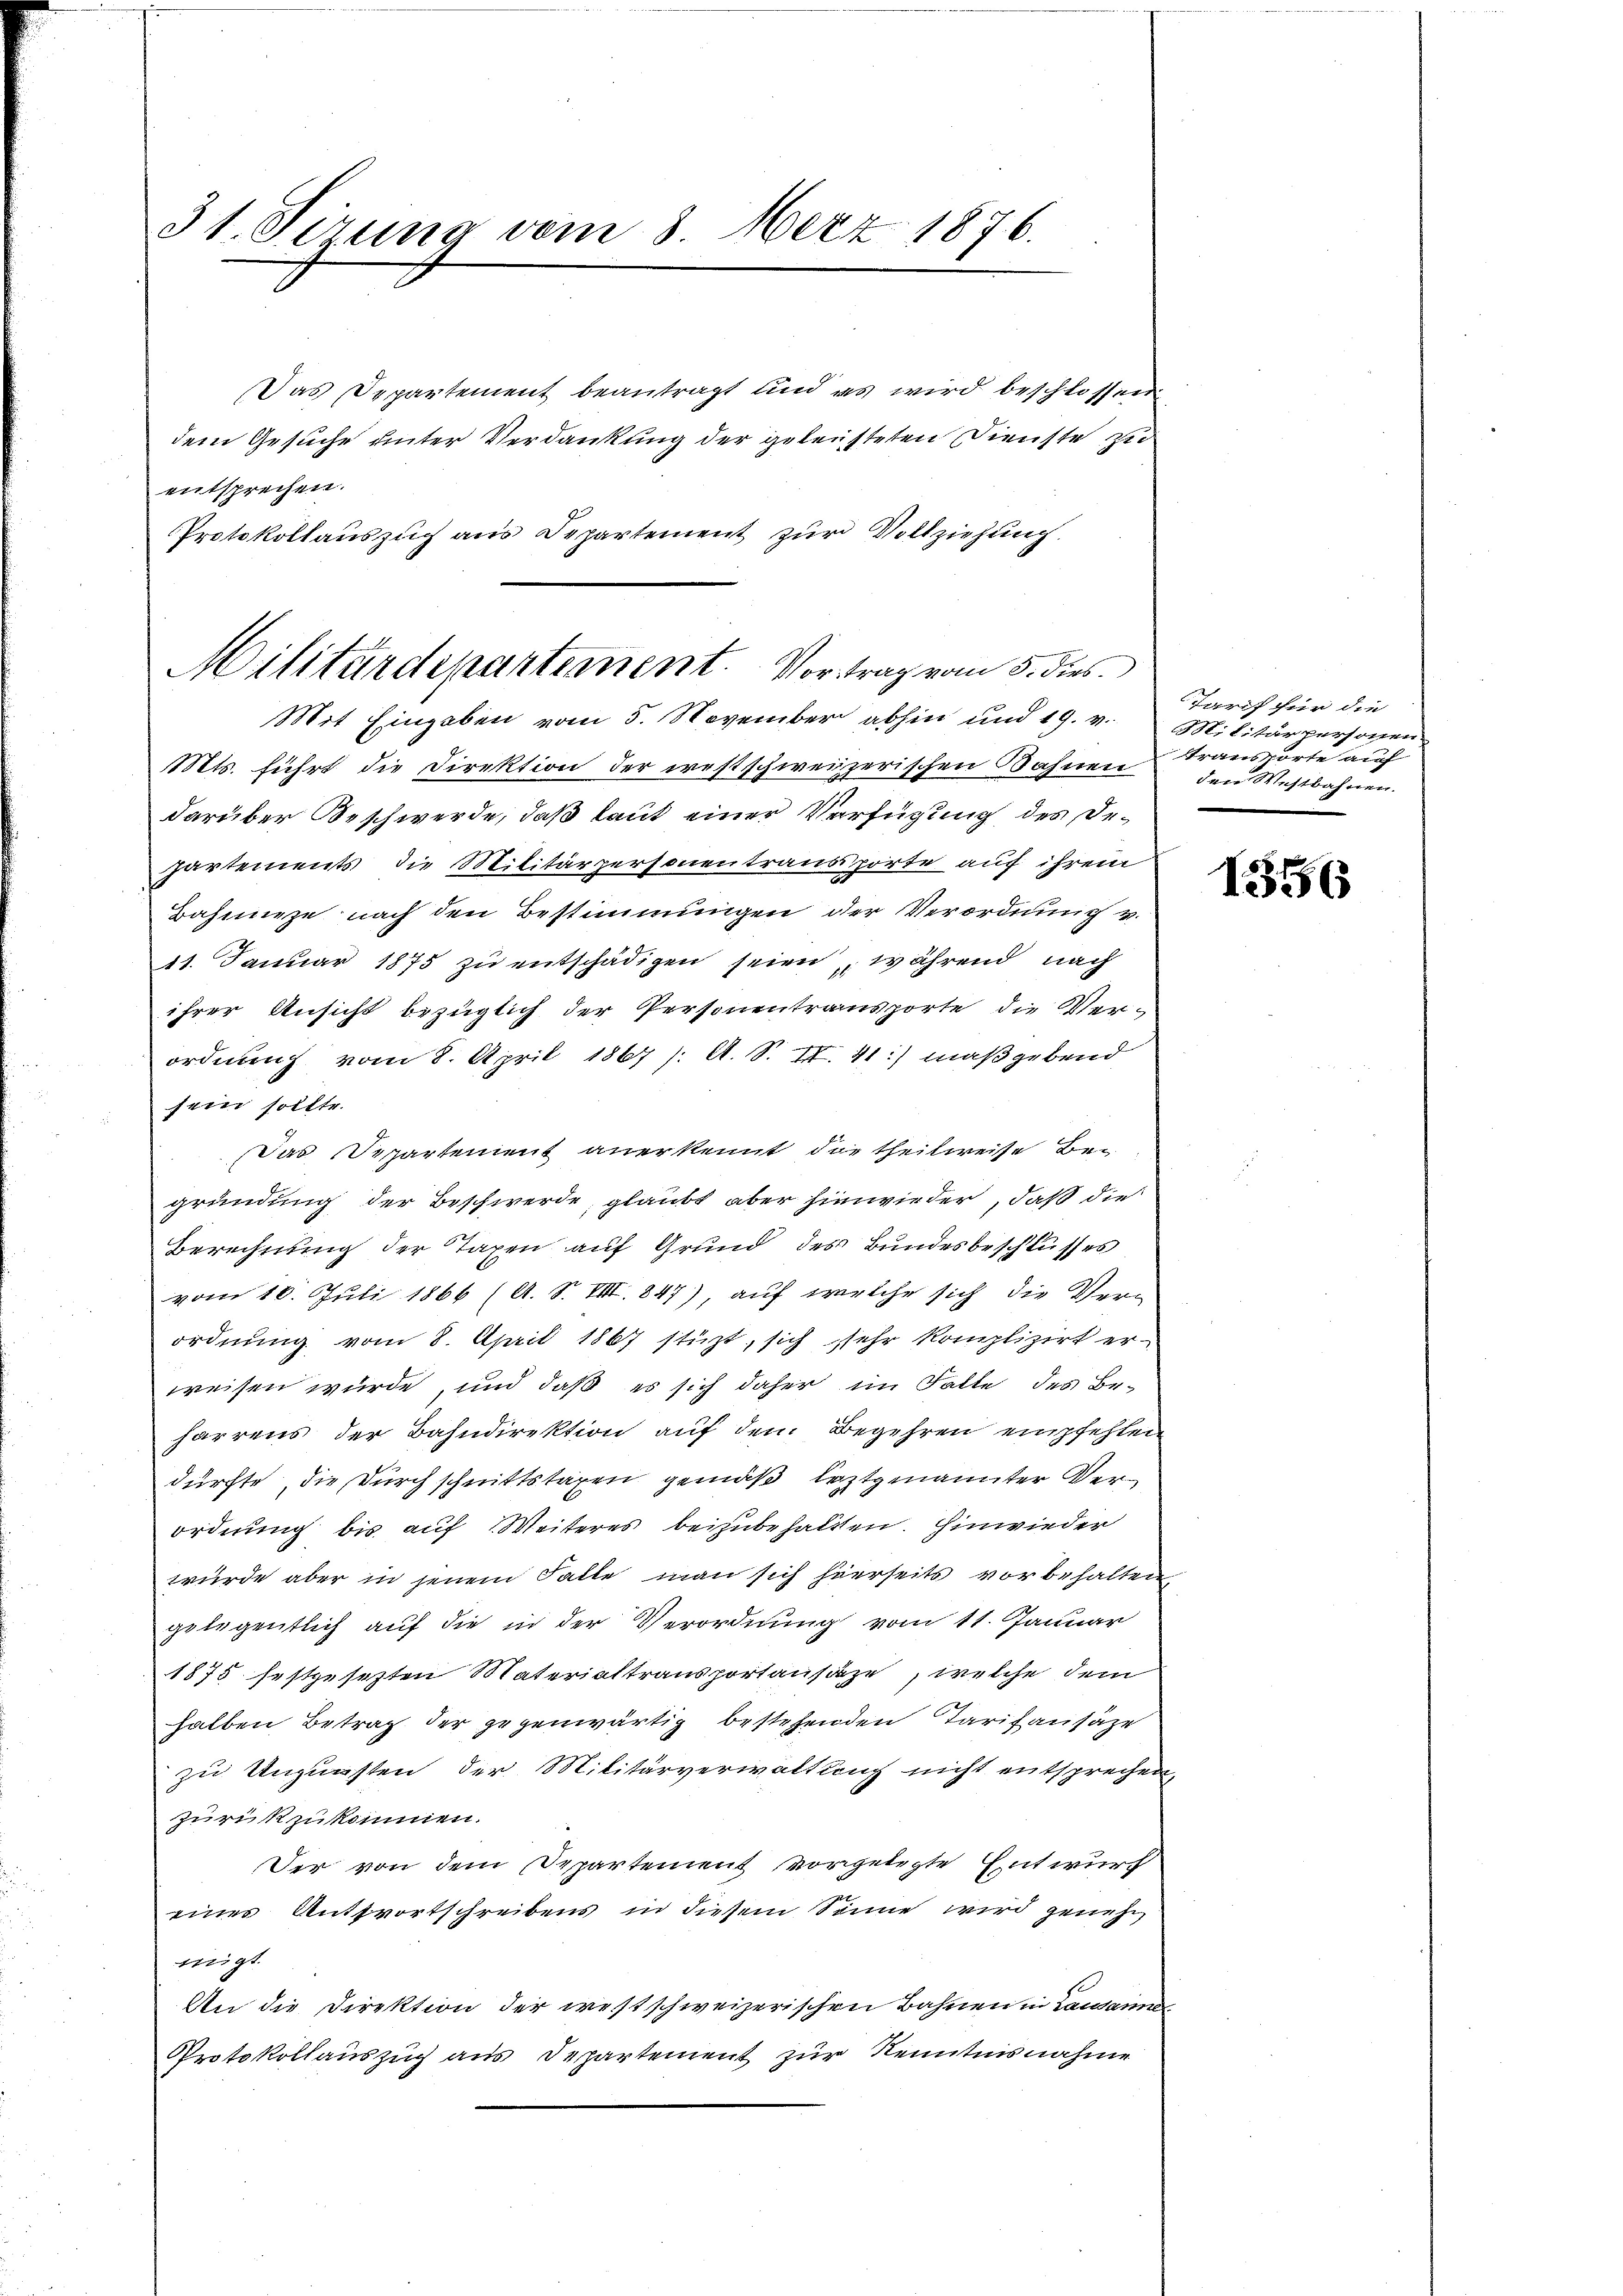
31. Sizung vom 8. Merz 1876.

Das Departement beantragt und es wird beschlossen
dem Gesuche unter Verdankung der geleisteten Dienste zu
entsprechen.
Protokollauszug aus Departement zur Vollziehung.
Mts. führt, die Direktion der westschweizerischen Bahnen
darüber Beschwerde, daß laut einer Verfügung des Departements die Militärpersonen transporte auf ihrem
Bahnneze nach den Bestimmungen der Verordnung v.
11. Januar 1875 zu entschädigen seien, während nach
ihrer Ansicht bezüglich der Personentransporte die Verordnung vom 8. April 1867 /: A. S. II. 41:) maßgebend
sein sollte.
Das Departement anerkennt die theilweise Begründung der Beschwerde, glaubt aber hinwieder, daß die
Berechnung der Taxen auf Grund des Bundesbeschlusses
vom 10. Juli 1866 (A. S. VIII. 847), auf welche sich die Verordnung vom 8. April 1867 stüzt, sich sehr komplizirt er-
weisen würde, und daß es sich daher im Falle des Beharrens der Bahndirektion auf den Begehren empfehlen
dürfte, die Durchschnittstagen gemäß leztgenannter Verordnung bis auf Weiteres beizubehalten. Hinwieder
wurde aber in jenem Falle man sich hierseits vorbehalten
gelegentlich auf die in der Verordnung vom 11. Januar
1875 festgesetzten Materialtransportansäze, welche dem
halben Betrag der gegenwärtig bestehenden Tarifausäze
zu Ungünsten der Militärverwaltung nicht entsprechen,
zurückzukommen.
Der von dem Departement vorgelegte Entwurf
eines Antwortschreibens in diesem Sonne wird genehm
migt.
An die Direktion der westschweizerischen Bahnen in Lausannes
Protokollauszug aus Departement zur Kenntnisnahme

Militärdepartement. Vortrag vom 5. dies
Mit Eingaben vom 5. November abhin und 19. v. Militärpersonen

Tarif für die
transporte auch
den Westbahnen.

1356